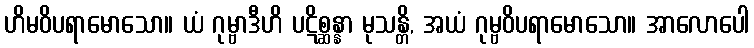
ဟိမဝိပရာမောသော။ ယံ ဂုမ္ဗာဒီဟိ ပဋိစ္ဆန္နာ မုသန္တိ, အယံ ဂုမ္ဗဝိပရာမောသော။ အာလောပေါ